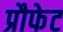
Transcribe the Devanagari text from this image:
प्रौफेट